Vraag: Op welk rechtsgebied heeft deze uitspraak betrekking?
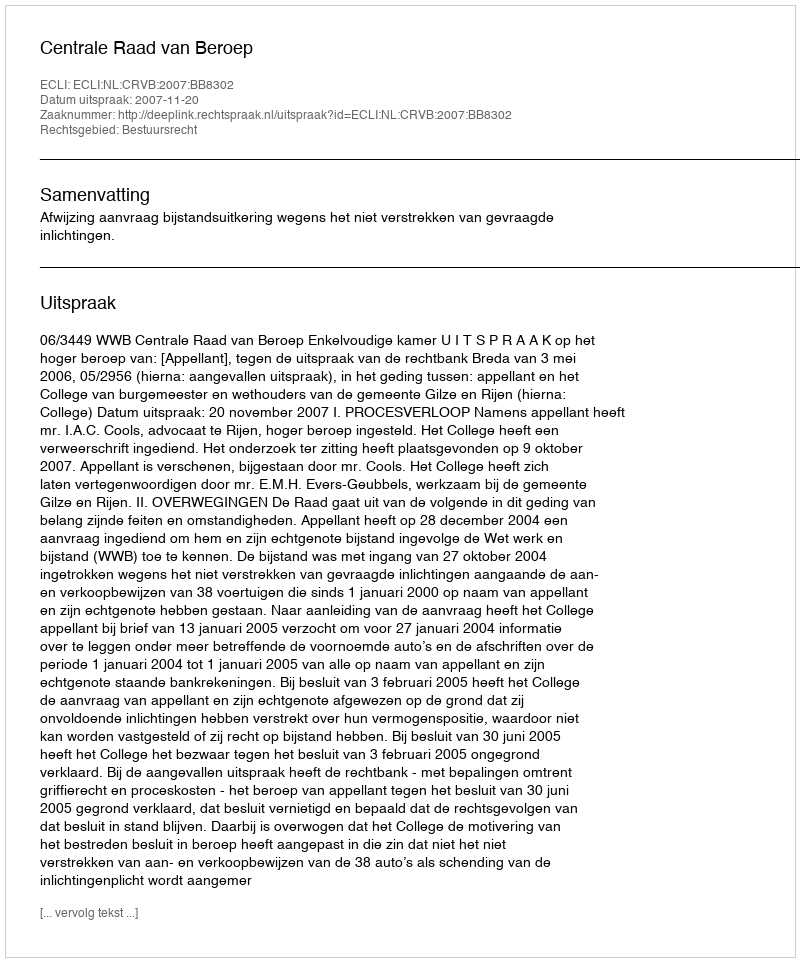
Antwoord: Bestuursrecht